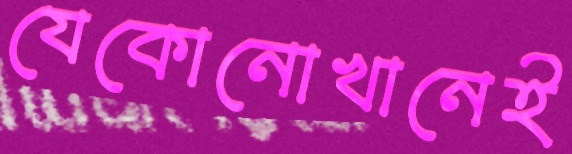
যেকোনোখানেই